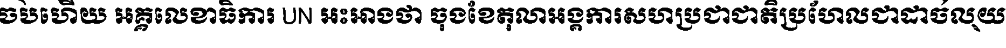
ចប់ហើយ អគ្គលេខាធិការ UN អះអាងថា ចុងខែតុលាអង្គការសហប្រជាជាតិប្រហែលជាដាច់លុយ